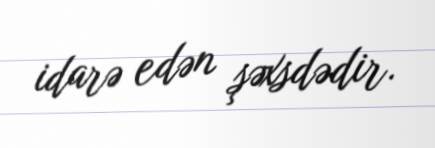
idarə edən şəxsdədir.